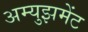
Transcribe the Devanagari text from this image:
अम्युझमेंट